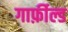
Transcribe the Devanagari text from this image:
गार्फ़ील्ड